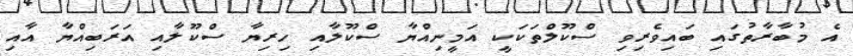
އެ މުބާރާތުގައި ބައިވެރިވި ސްކޫލްތަކަކީ އަމީނިއްޔާ ސްކޫލާއި ހިރިޔާ ސްކޫލާއި އަރަބިއްޔާ އާއި